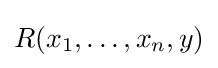
R(x_{1},\dots ,x_{n},y)